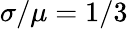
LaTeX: \sigma/\mu=1/3